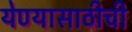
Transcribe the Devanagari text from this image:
येण्यासाठीची